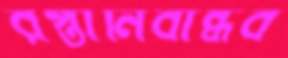
রপ্তানিবান্ধব